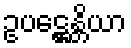
ဥပဋ္ဌေန္တိယာ